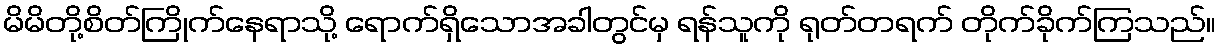
မိမိတို့စိတ်ကြိုက်နေရာသို့ ရောက်ရှိသောအခါတွင်မှ ရန်သူကို ရုတ်တရက် တိုက်ခိုက်ကြသည်။